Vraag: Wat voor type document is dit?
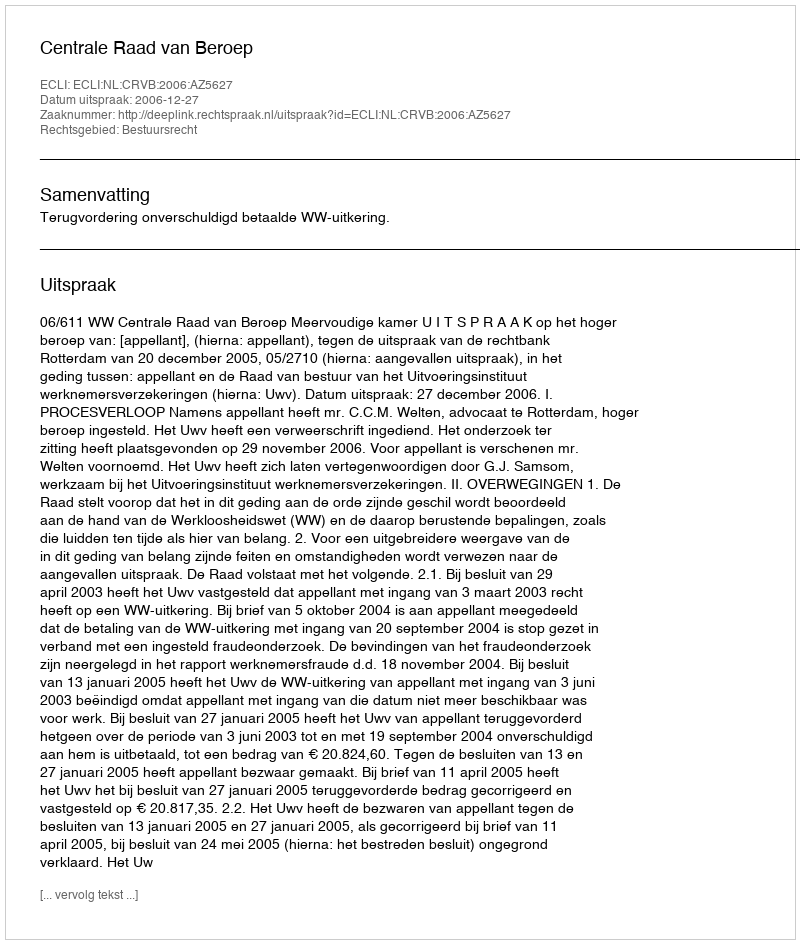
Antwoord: Uitspraak